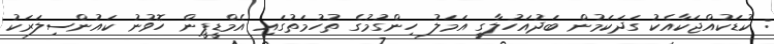
: ކުޑަކުއްޖަކާއެކު ގަދަކަމުން ބަދުއަހުލާގީ އަމަލު ހިންގުމުގެ ތުހުމަތުގައި އެމްޑީޕީން ހޮވުނު ކައުންސިލަރަކު